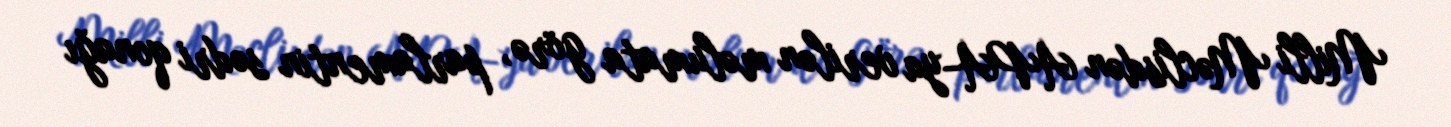
Milli Məclisdən APA-ya verilən məlumata görə, parlamentin sədri qonağı